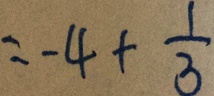
= - 4 + \frac { 1 } { 3 }